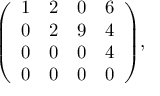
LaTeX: { \left( \begin{array} { l l l l } { 1 } & { 2 } & { 0 } & { 6 } \\ { 0 } & { 2 } & { 9 } & { 4 } \\ { 0 } & { 0 } & { 0 } & { 4 } \\ { 0 } & { 0 } & { 0 } & { 0 } \end{array} \right) } ,